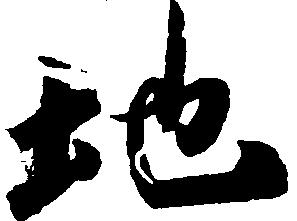
地